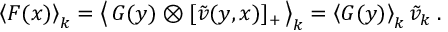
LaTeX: \left< F ( x ) \right> _ { k } = \left< \, G ( y ) \otimes [ \tilde { v } ( y , x ) ] _ { + } \, \right> _ { k } = \left< G ( y ) \right> _ { k } \tilde { v } _ { k } \; .